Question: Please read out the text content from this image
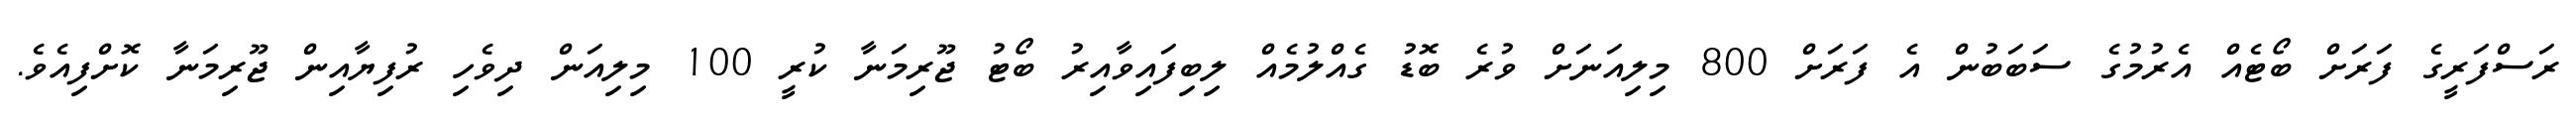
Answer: ރަސްފަރީގެ ފަރަށް ބޯޓެއް އެރުމުގެ ސަބަބުން އެ ފަރަށް 800 މިލިއަނަށް ވުރެ ބޮޑު ގެއްލުމެއް ލިބިފައިވާއިރު ބޯޓު ޖޫރިމަނާ ކުރީ 100 މިލިއަން ދިވެހި ރުފިޔާއިން ޖޫރިމަނާ ކޮށްފިއެވެ.